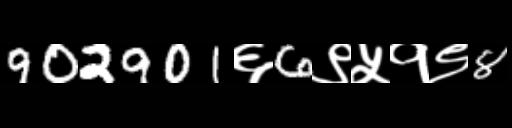
Text: 902901६6९५१९8